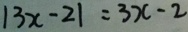
\vert 3 x - 2 \vert = 3 x - 2